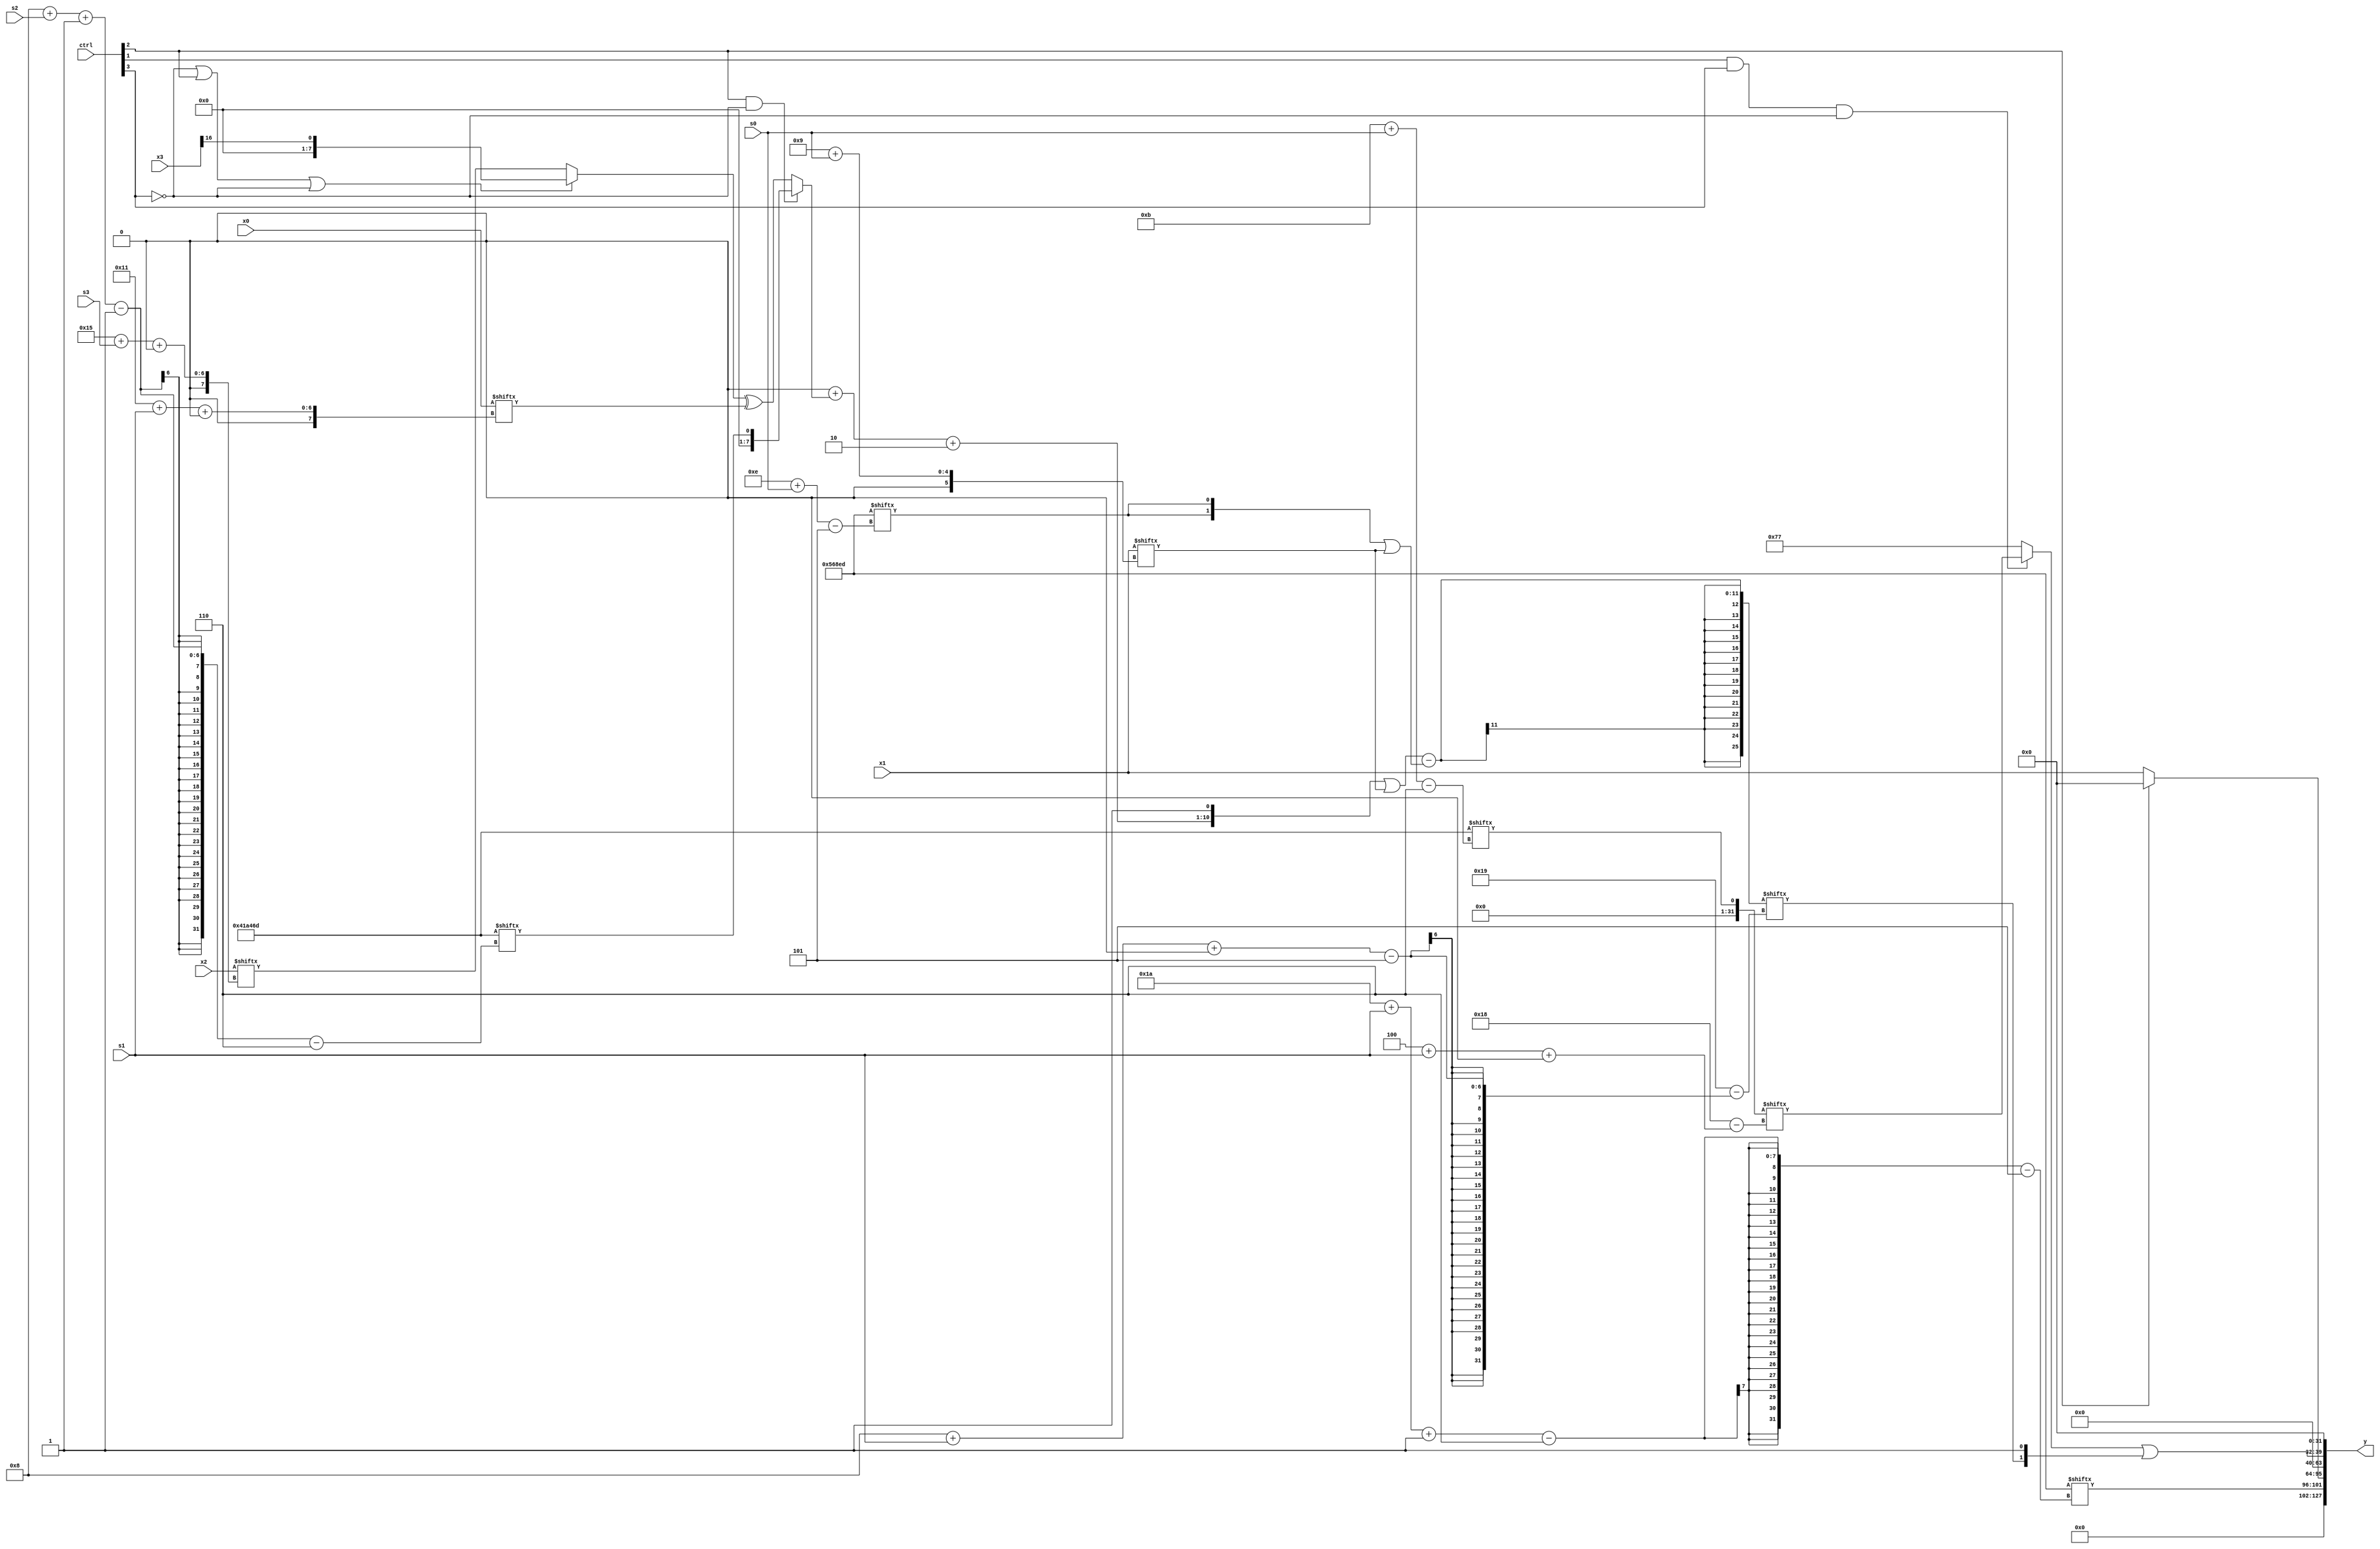
module partsel_00056(ctrl, s0, s1, s2, s3, x0, x1, x2, x3, y);
  input [3:0] ctrl;
  input [2:0] s0;
  input [2:0] s1;
  input [2:0] s2;
  input [2:0] s3;
  input [31:0] x0;
  input signed [31:0] x1;
  input [31:0] x2;
  input [31:0] x3;
  wire signed [6:28] x4;
  wire [5:28] x5;
  wire signed [28:0] x6;
  wire signed [6:31] x7;
  wire [2:31] x8;
  wire signed [0:31] x9;
  wire signed [27:4] x10;
  wire signed [1:30] x11;
  wire [5:30] x12;
  wire [1:27] x13;
  wire [1:28] x14;
  wire [30:1] x15;
  output [127:0] y;
  wire signed [31:0] y0;
  wire [31:0] y1;
  wire [31:0] y2;
  wire [31:0] y3;
  assign y = {y0,y1,y2,y3};
  localparam signed [29:6] p0 = 61440082;
  localparam [5:26] p1 = 68963409;
  localparam [28:6] p2 = 230794349;
  localparam [26:5] p3 = 990210285;
  assign x4 = ({2{(p1 & p2[17 +: 3])}} + (ctrl[2] && ctrl[2] && !ctrl[3] ? p2[8 + s2 -: 1] : ((!ctrl[3] || ctrl[2] || !ctrl[3] ? x3[16] : x2[21 + s3 +: 8]) ^ x0[17 + s1 +: 5])));
  assign x5 = p1[3 + s2 +: 6];
  assign x6 = ((x3[18] + p3) | p2[14 +: 2]);
  assign x7 = x1[9 + s0];
  assign x8 = {2{(ctrl[1] && !ctrl[0] && ctrl[1] ? (p3[23 + s3 +: 4] - ((x1[13 + s3] - x6) + {p1[15], x7})) : (p1[17 + s3 +: 4] ^ x3))}};
  assign x9 = p2[11 + s0];
  assign x10 = x6[25 + s2 -: 3];
  assign x11 = x7;
  assign x12 = ({(p1[22 + s3 -: 5] - {(((p3 & x9[16 +: 1]) & p2[2 + s3 +: 5]) | p0[7 + s0 -: 1]), p1}), ({x6[21 -: 2], {(x4 + p0[13 -: 3]), p1[15 +: 1]}} | x7)} - ({2{p3[14 + s0]}} | x7));
  assign x13 = x10[13 +: 1];
  assign x14 = (p1 - ({x12[12 + s3 +: 8], (x8[12 +: 3] | {2{x4}})} ^ p1[3 + s0 +: 5]));
  assign x15 = p2;
  assign y0 = p3[26 + s1 -: 6];
  assign y1 = (ctrl[2] && !ctrl[2] || ctrl[2] ? p3[9] : x1);
  assign y2 = ((ctrl[1] && ctrl[3] && !ctrl[3] ? x9[4 + s1 +: 8] : {2{p3[13 -: 4]}}) | {x12[8 + s1 +: 1], p0[21]});
  assign y3 = x13;
endmodule